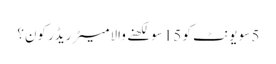
5 سو یونٹ کو 15 سو لکھنے والا میٹر ریڈر کون؟